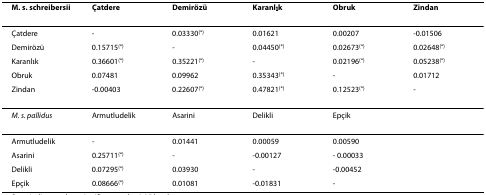
<table><thead><tr><td><b><i>M. s. schreibersii</i></b></td><td><b>Çatdere</b></td><td><b>Demirözü</b></td><td><b>Karanlık</b></td><td><b>Obruk</b></td><td><b>Zindan</b></td></tr></thead><tbody><tr><td>Çatdere</td><td>-</td><td>0.03330<sup>(*)</sup></td><td>0.01621</td><td>0.00207</td><td>-0.01506</td></tr><tr><td>Demirözü</td><td>0.15715<sup>(*)</sup></td><td>-</td><td>0.04450<sup>(*)</sup></td><td>0.02673<sup>(*)</sup></td><td>0.02648<sup>(*)</sup></td></tr><tr><td>Karanlık</td><td>0.36601<sup>(*)</sup></td><td>0.35221<sup>(*)</sup></td><td>-</td><td>0.02196<sup>(*)</sup></td><td>0.05238<sup>(*)</sup></td></tr><tr><td>Obruk</td><td>0.07481</td><td>0.09962</td><td>0.35343<sup>(*)</sup></td><td>-</td><td>0.01712</td></tr><tr><td>Zindan</td><td>-0.00403</td><td>0.22607<sup>(*)</sup></td><td>0.47821<sup>(*)</sup></td><td>0.12523<sup>(*)</sup></td><td>-</td></tr><tr><td><i>M. s. pallidus</i></td><td>Armutludelik</td><td>Asarini</td><td>Delikli</td><td>Epçik</td><td></td></tr><tr><td>Armutludelik</td><td>-</td><td>0.01441</td><td>0.00059</td><td>0.00590</td><td></td></tr><tr><td>Asarini</td><td>0.25711<sup>(*)</sup></td><td>-</td><td>-0.00127</td><td>- 0.00033</td><td></td></tr><tr><td>Delikli</td><td>0.07295<sup>(*)</sup></td><td>0.03930</td><td>-</td><td>-0.00452</td><td></td></tr><tr><td>Epçik</td><td>0.08666<sup>(*)</sup></td><td>0.01081</td><td>-0.01831</td><td>-</td><td></td></tr></tbody></table>